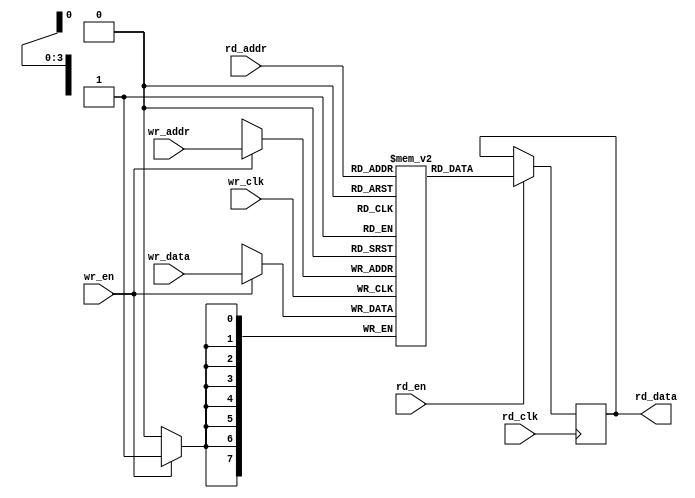
//*****************************************************************************
// Module name: DUal Clock Dual Port RAM module
//
//
//
//
//
//
//
//
//
//
//
//********************************************************************************
`timescale 1 ns/ 1 ps

module dc_dpram #(parameter WIDTH = 8, DEPTH = 16)(
	// write port
	input wire                     wr_clk,
	input wire                     wr_en ,
	input wire [$clog2(DEPTH)-1:0] wr_addr,
	input wire [WIDTH-1:0]         wr_data,


	//read port
	input wire                      rd_clk,
	input wire                      rd_en ,
	input wire [$clog2(DEPTH)-1:0]  rd_addr,
        output reg [WIDTH-1:0]          rd_data);



  reg [WIDTH-1:0] mem [DEPTH-1:0];


  // write port logic
  always @ (posedge wr_clk) begin
    if (wr_en) begin
       mem[wr_addr] <= wr_data;
     end   
  end


  // read port logic
  always @(posedge rd_clk) begin
    if (rd_en) begin
      rd_data <= mem[rd_addr];
    end	    
  end

endmodule